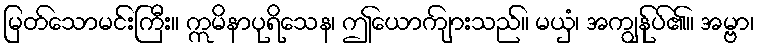
မြတ်သောမင်းကြီး။ ဣမိနာပုရိသေန၊ ဤယောကျ်ားသည်။ မယှံ၊ အကျွန်ုပ်၏။ အမ္ဗာ၊